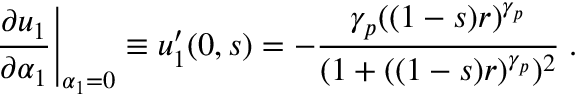
\left. \frac { \partial u _ { 1 } } { \partial \alpha _ { 1 } } \right| _ { \alpha _ { 1 } = 0 } \equiv u _ { 1 } ^ { \prime } ( 0 , s ) = - \frac { \gamma _ { p } ( ( 1 - s ) r ) ^ { \gamma _ { p } } } { ( 1 + ( ( 1 - s ) r ) ^ { \gamma _ { p } } ) ^ { 2 } } \; .